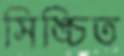
সিঙ্চিত